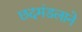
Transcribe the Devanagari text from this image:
छदमंडलाने